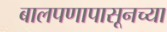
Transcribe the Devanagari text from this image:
बालपणापासूनच्या